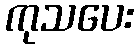
ကုသပေး